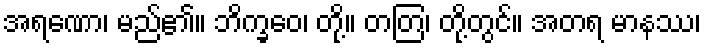
အရဏော၊ မည်၏။ ဘိက္ခဝေ၊ တို့။ တတြ၊ တို့တွင်။ အတရ မာနဿ၊